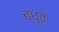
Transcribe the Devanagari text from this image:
बधूक